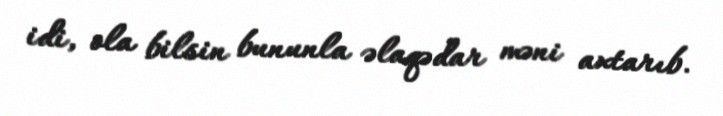
idi, ola bilsin bununla əlaqədar məni axtarıb.